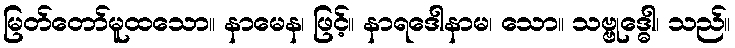
မြတ်တော်မူထသော။ နာမေန၊ ဖြင့်။ နာရဒေါနာမ၊ သော။ သဗ္ဗုဒ္ဓေါ၊ သည်။